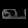
Digit: ၈